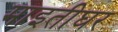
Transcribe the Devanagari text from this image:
माइतीघर